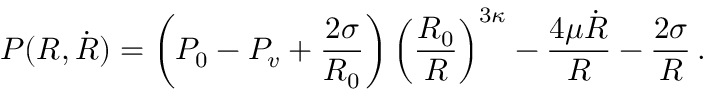
P ( R , \dot { R } ) = \left( P _ { 0 } - P _ { v } + \frac { 2 \sigma } { R _ { 0 } } \right) \left( \frac { R _ { 0 } } { R } \right) ^ { 3 \kappa } - \frac { 4 \mu \dot { R } } { R } - \frac { 2 \sigma } { R } \, .